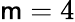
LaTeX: \mathsf{m}=4